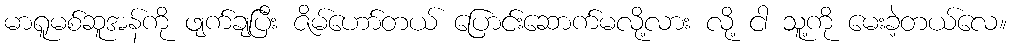
မာရူမစ်ဆူအန်ကို ဖျက်ချပြီး ဇိမ်ဟော်တယ် ပြောင်းဆောက်မလို့လား လို့ ငါ သူ့ကို မေးခဲ့တယ်လေ။